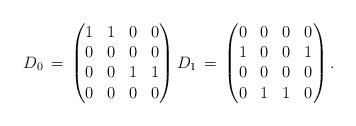
LaTeX: \begin{align*} D_{0} \, = \, \begin{pmatrix} 1 & 1 & 0 & 0 \\ 0 & 0 & 0 & 0\\ 0 & 0 & 1 & 1 \\ 0 & 0 & 0 & 0 \end{pmatrix} D_{1} \, = \, \begin{pmatrix} 0 & 0 & 0 & 0 \\ 1 & 0 & 0 & 1 \\ 0 & 0 & 0 & 0 \\ 0 & 1 & 1 & 0 \end{pmatrix} .\end{align*}